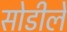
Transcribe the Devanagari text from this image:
सोडीले